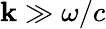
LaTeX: \mathbf{k}\gg\omega/c